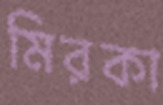
মিরকা